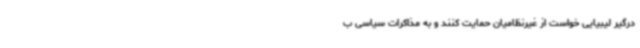
درگیر لیبیایی خواست از غیرنظامیان حمایت کنند و به مذاکرات سیاسی ب